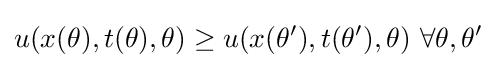
u(x(\theta ),t(\theta ),\theta )\geq u(x(\theta '),t(\theta '),\theta )\ \forall \theta ,\theta '